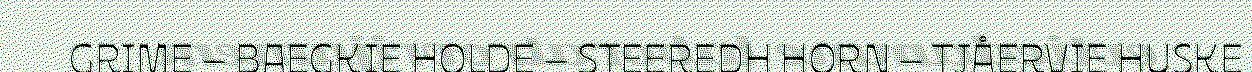
GRIME – BAEGKIE HOLDE – STEEREDH HORN – TJÅERVIE HUSKE